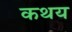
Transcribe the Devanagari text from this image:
कथय